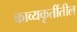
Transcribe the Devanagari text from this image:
काव्यकृतींतील